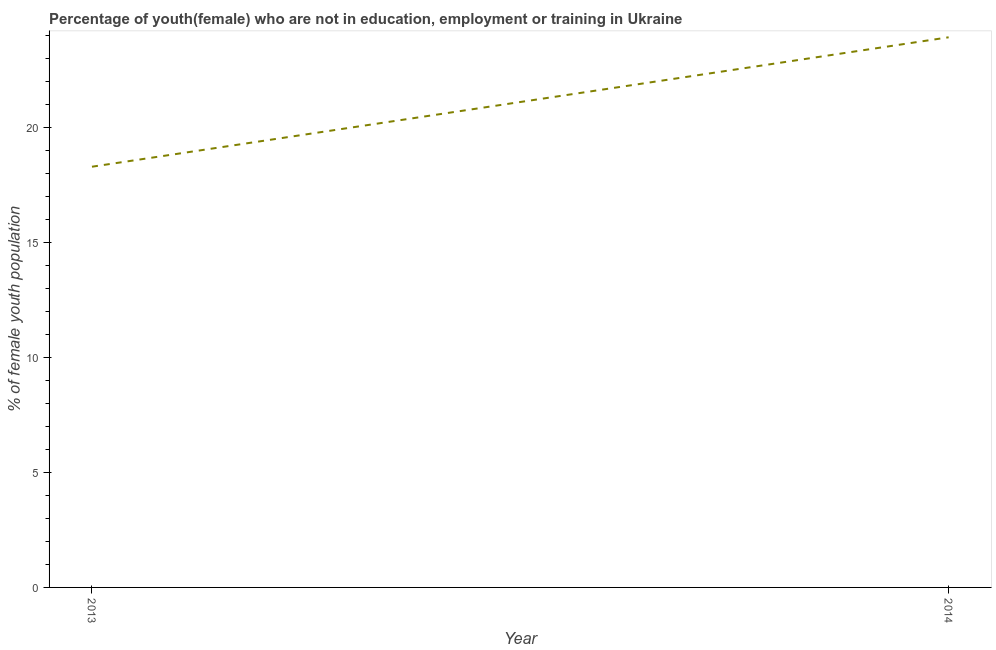
| Year | Unemployed(female) |
 | --- | --- |
 | 2013 | 18.3 |
 | 2014 | 23.9 |